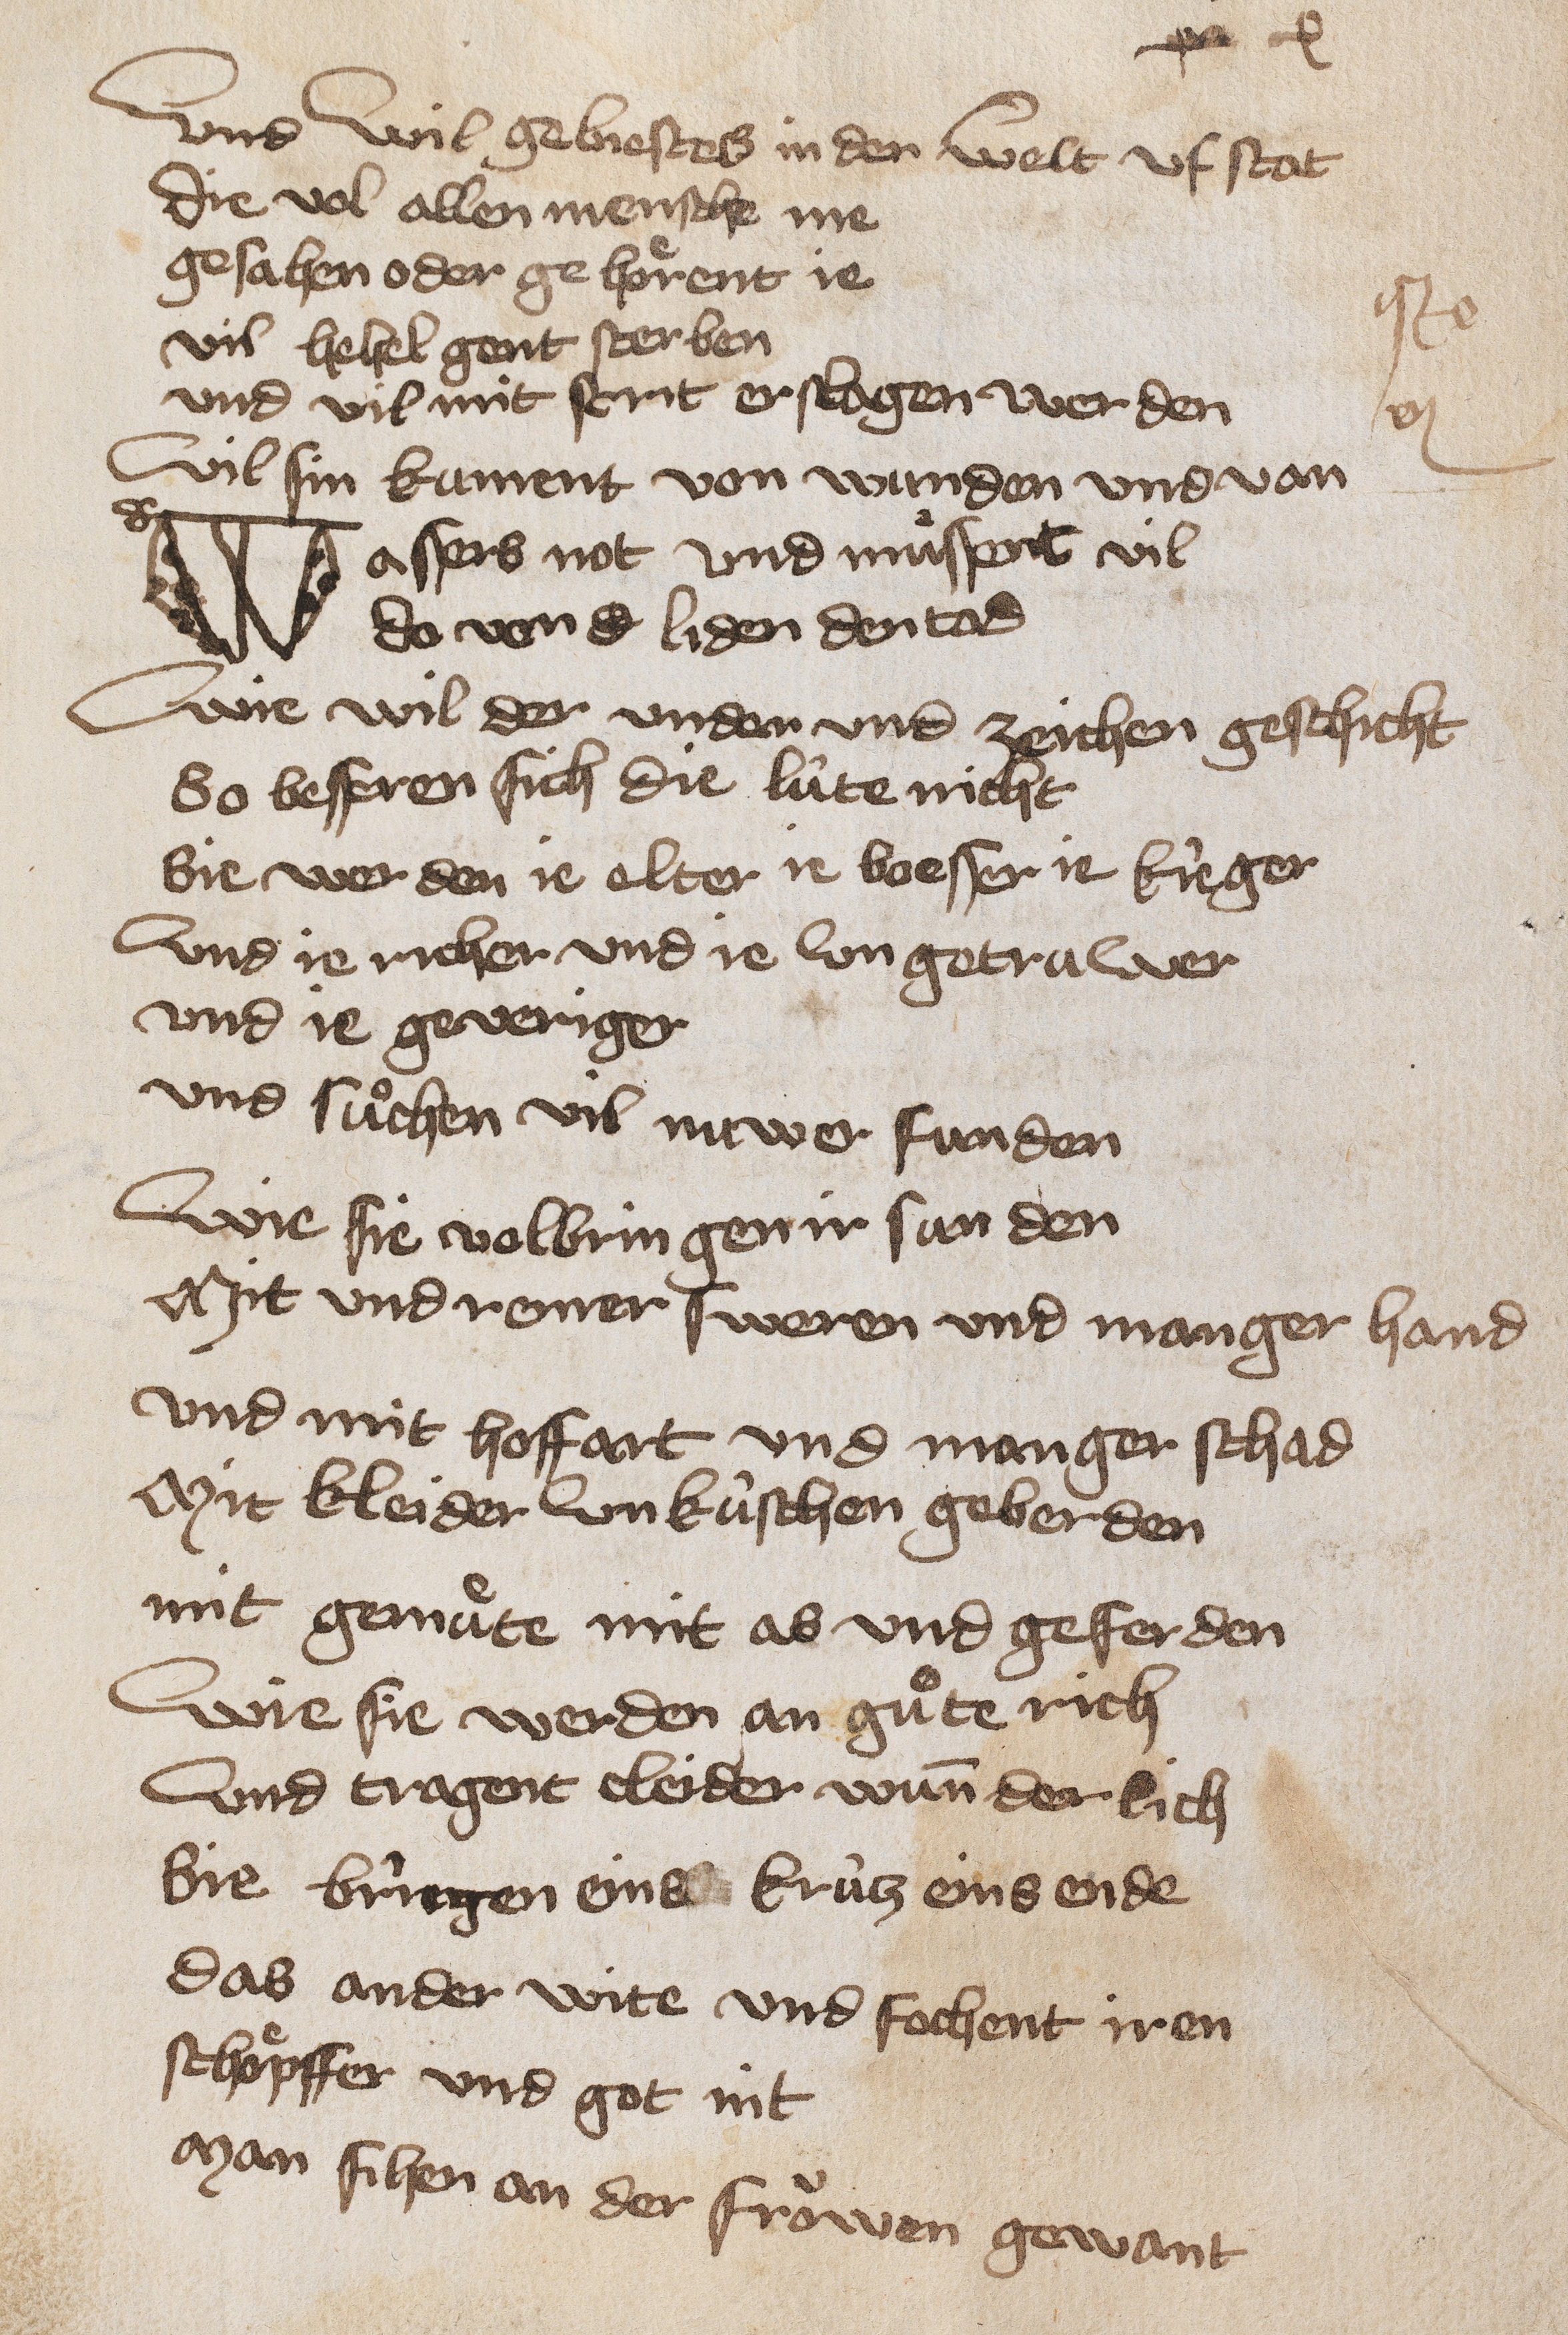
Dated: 1400–1449